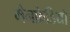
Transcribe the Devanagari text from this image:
मैनफ्रेडियो